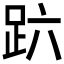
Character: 𰸆